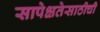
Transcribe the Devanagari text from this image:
सापेक्षतेसाठीची